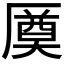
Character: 𠪝